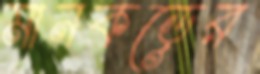
মানকড়ের